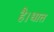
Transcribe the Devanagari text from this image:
है।धात